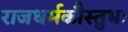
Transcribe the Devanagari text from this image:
राजधर्मकौस्तुभः